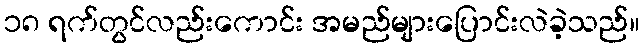
၁၈ ရက်တွင်လည်းကောင်း အမည်များပြောင်းလဲခဲ့သည်။